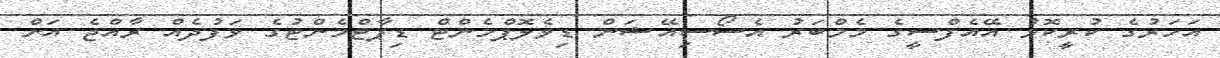
އަހަރުގެ ކުރީކޮޅު އޭއެފްސީގެ މެމްބަރު އެސޯސިއޭޝަން ޑިވެލޮޕްމެންޓް ޑިޕާޓްމެންޓުގެ ވަފުދެއް ރާއްޖެ އަށް